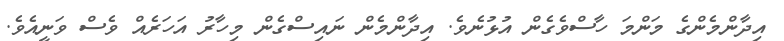
އިދާންމެންގެ މަންމަ ހާސްވެގެން އުޅުނެވެ. އިދާންމެން ނައިސްގެން މިހާރު އަހަރެއް ވެސް ވަނީއެވެ.